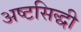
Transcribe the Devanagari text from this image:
अष्टसिद्धी